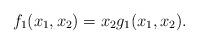
LaTeX: \begin{align*}f_1(x_1,x_2)=x_2g_1(x_1,x_2).\end{align*}